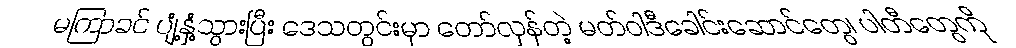
မကြာခင် ပျံ့နှံ့သွားပြီး ဒေသတွင်းမှာ တော်လှန်တဲ့ မတ်ဝါဒီခေါင်းဆောင်တွေ၊ ပါတီတွေကို